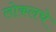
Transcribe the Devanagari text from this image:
लोकलचे